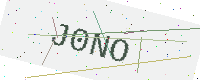
Text: J0NO